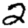
Digit: 2